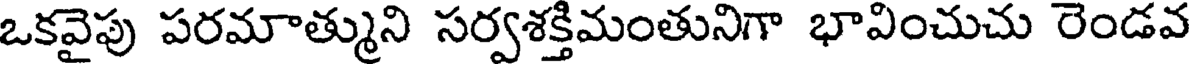
ఒకవైపు పరమాత్ముని సర్వశక్తిమంతునిగా భావించుచు రెండవ